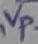
Text: Vp